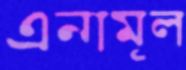
এনামূল